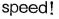
speed!